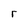
Character: r